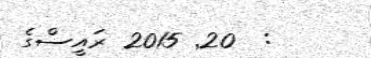
:  20